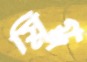
স্নিগ্ধ